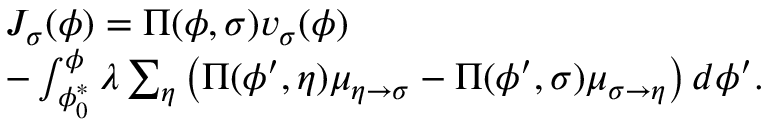
\begin{array} { r l } & { J _ { \sigma } ( \phi ) = \Pi ( \phi , \sigma ) v _ { \sigma } ( \phi ) } \\ & { - \int _ { \phi _ { 0 } ^ { * } } ^ { \phi } \lambda \sum _ { \eta } \left( \Pi ( \phi ^ { \prime } , \eta ) \mu _ { \eta \rightarrow \sigma } - \Pi ( \phi ^ { \prime } , \sigma ) \mu _ { \sigma \rightarrow \eta } \right) d \phi ^ { \prime } . } \end{array}